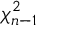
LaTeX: \chi _ { n - 1 } ^ { 2 }